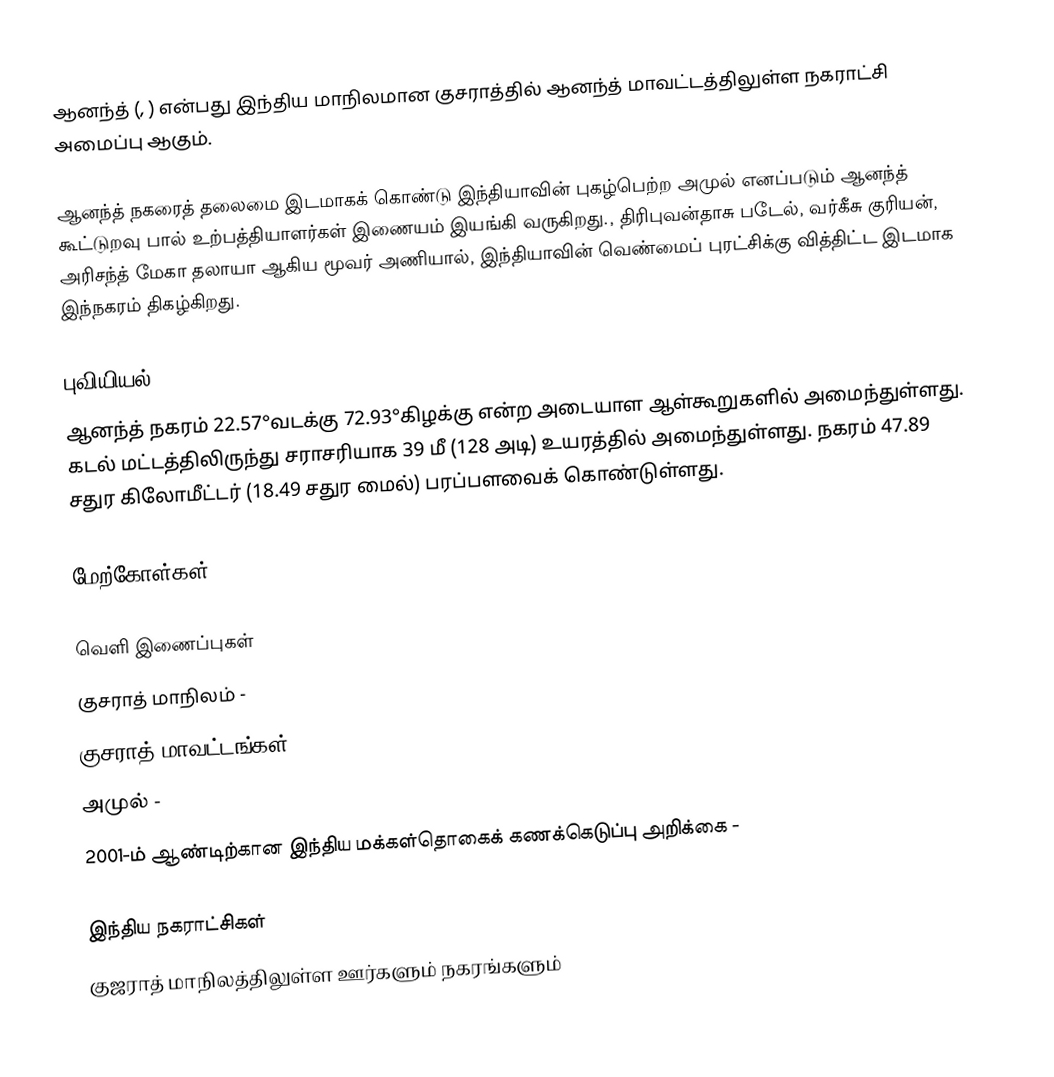
ஆனந்த் (, ) என்பது  இந்திய மாநிலமான குசராத்தில் ஆனந்த் மாவட்டத்திலுள்ள நகராட்சி அமைப்பு ஆகும்.

ஆனந்த் நகரைத் தலைமை இடமாகக் கொண்டு இந்தியாவின் புகழ்பெற்ற அமுல் எனப்படும் ஆனந்த் கூட்டுறவு பால் உற்பத்தியாளர்கள் இணையம் இயங்கி வருகிறது., திரிபுவன்தாசு படேல், வர்கீசு குரியன், அரிசந்த் மேகா தலாயா ஆகிய மூவர் அணியால், இந்தியாவின் வெண்மைப் புரட்சிக்கு வித்திட்ட இடமாக இந்நகரம் திகழ்கிறது.

புவியியல்
ஆனந்த் நகரம் 22.57°வடக்கு 72.93°கிழக்கு என்ற அடையாள ஆள்கூறுகளில் அமைந்துள்ளது. கடல் மட்டத்திலிருந்து சராசரியாக 39 மீ (128 அடி) உயரத்தில் அமைந்துள்ளது. நகரம் 47.89 சதுர கிலோமீட்டர் (18.49 சதுர மைல்) பரப்பளவைக் கொண்டுள்ளது.

மேற்கோள்கள்

வெளி இணைப்புகள்
 குசராத் மாநிலம் -
 குசராத் மாவட்டங்கள் -
 அமுல் -
 2001-ம் ஆண்டிற்கான இந்திய மக்கள்தொகைக் கணக்கெடுப்பு அறிக்கை -

இந்திய நகராட்சிகள்
குஜராத் மாநிலத்திலுள்ள ஊர்களும் நகரங்களும்